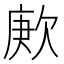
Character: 𬅪